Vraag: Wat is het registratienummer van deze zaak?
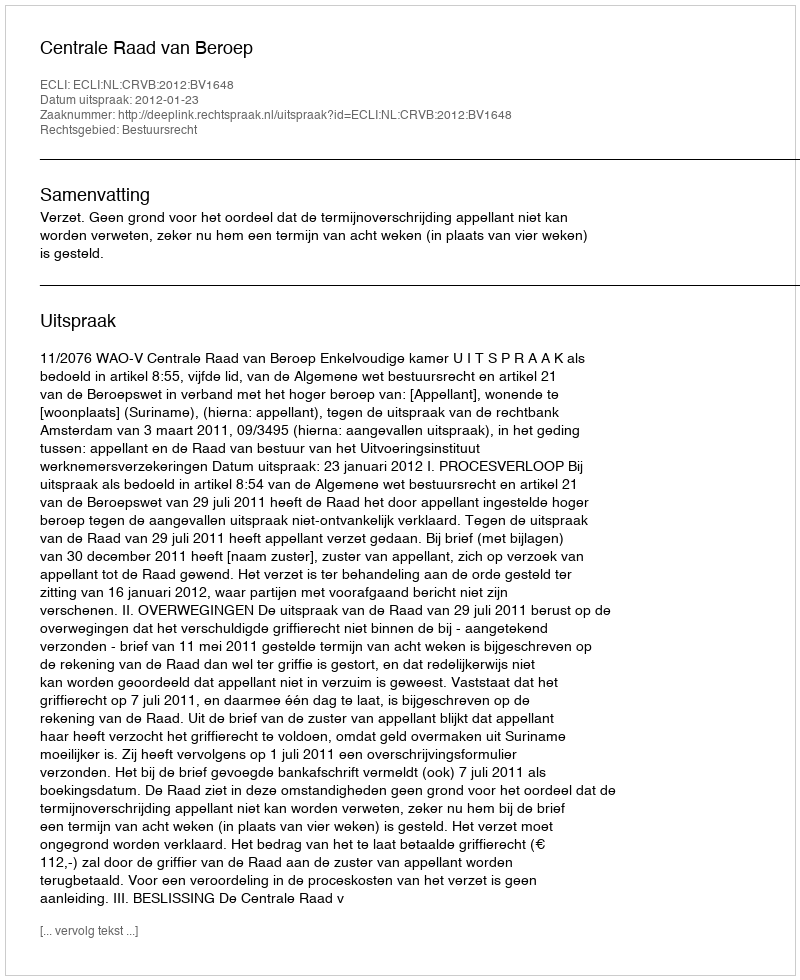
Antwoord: http://deeplink.rechtspraak.nl/uitspraak?id=ECLI:NL:CRVB:2012:BV1648